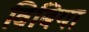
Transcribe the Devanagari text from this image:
विबिया